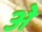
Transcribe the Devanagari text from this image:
अे